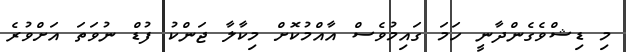
މި ޑިޝްވެގެންދާނީ ހަމަ ގައިމުވެސް އާއްމުކޮށް މިކާލާ ޖަންކު ފުޑް ނުވަތަ އަށްވުރެ